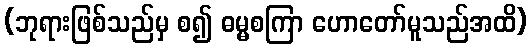
(ဘုရားဖြစ်သည်မှ စ၍ ဓမ္မစကြာ ဟောတော်မူသည်အထိ)